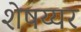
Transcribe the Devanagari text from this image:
शेषय्यर